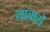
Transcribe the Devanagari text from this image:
लाचारों